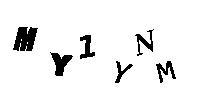
MY1YNM